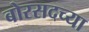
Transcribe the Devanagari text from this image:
बोरसदच्या